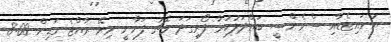
ޔުނައިޓެޑާއި ސްވެންސީ ބައްދަލުކުރާ ފޯރިގަދަ މެޗު ފަށާނީ މިރޭ ރާއްޖެ ގަޑިން 8:00